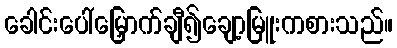
ခေါင်းပေါ်မြှောက်ချီ၍ချော့မြူးကစားသည်။